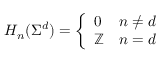
\begin{array} { r } { H _ { n } ( \Sigma ^ { d } ) = \left\{ \begin{array} { l l } { 0 } & { n \neq d } \\ { \mathbb { Z } } & { n = d } \end{array} \right. } \end{array}